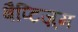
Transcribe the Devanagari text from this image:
बैप्टिज़्म